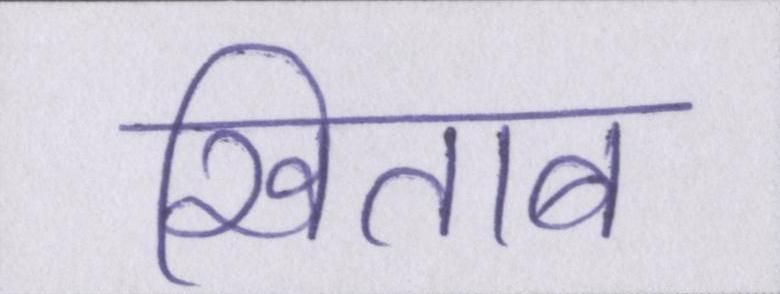
खिताब